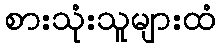
စားသုံးသူများထံ